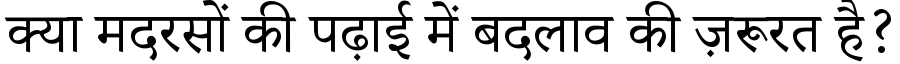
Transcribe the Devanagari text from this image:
क्या मदरसों की पढ़ाई में बदलाव की ज़रूरत है?